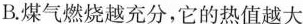
B.煤气燃烧越充分，它的热值越大